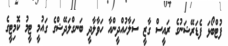
ފުޓްބޯޅަ ފެޑަރޭޝަނުގެ ރައީސް ގާޒީ ސަލާހުއްދީންއާ ހަވާލާދީ ބަނގްލަދޭޝްގެ ގައުމީ ޓީމު ކޮމިޓީގެ